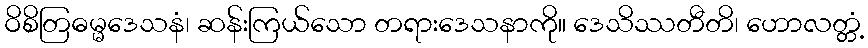
ဝိစိတြဓမ္မဒေသနံ၊ ဆန်းကြယ်သော တရားဒေသနာကို။ ဒေသိဿတီတိ၊ ဟောလတ္တံ့